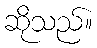
ဆိုသည်။